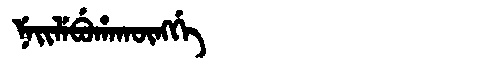
Manchu: ᠨᡝᡳᠯᡝᠪᡠᡥᠠᡴᡡᠩᡤᡝ
Romanization: NEILEBUHAKŪNGGE